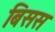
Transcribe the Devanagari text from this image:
बिसस